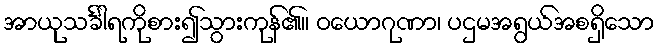
အာယုသင်္ခါရကိုစား၍သွားကုန်၏။ ဝယောဂုဏာ၊ ပဌမအရွယ်အစရှိသော